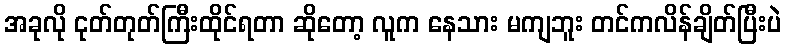
အခုလို ငုတ်တုတ်ကြီးထိုင်ရတာ ဆိုတော့ လူက နေသား မကျဘူး တင်ကလိန်ချိတ်ပြီးပဲ